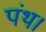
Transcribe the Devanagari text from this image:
पंथ।